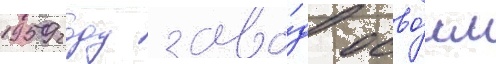
1959 году заво́д осво́ил